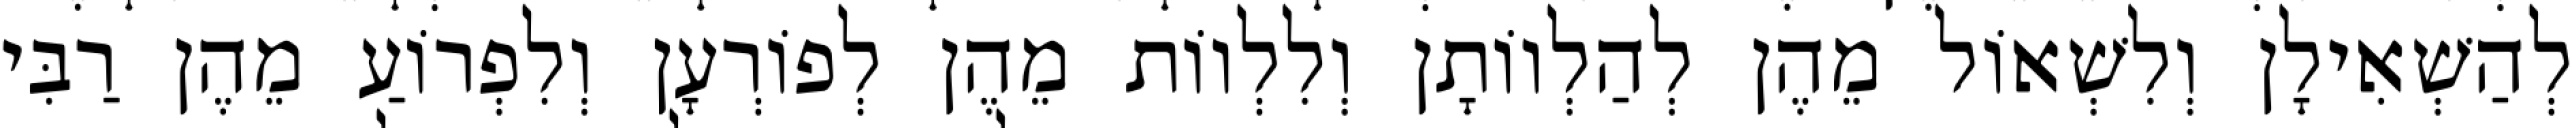
לְהַשְׁאִילָן וְלִשְׁאוֹל מֵהֶן לְהַלְווֹתָן וְלִלְווֹת מֵהֶן לְפוֹרְעָן וְלִפְרוֹעַ מֵהֶן רַבִּי